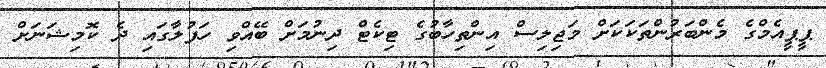
ޕީޕީއެމްގެ މެންބަރުންތަކަކަށް މަޖިލިސް އިންތިހާބުގެ ޓިކެޓް ދިނުމަށް ބޭއްވި ހަފުލާގައި ދެ ކޮމިޝަނަށް